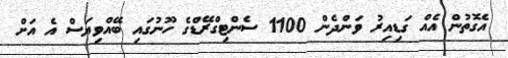
އެގޮތުން އެއް ގަޑިއިރު ވަންދެން 1100 ސެންޓިގްރޭޑްގެ ހޫނުގައި ބޭއްވިޔަސް އެ އަށް